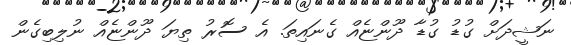
ނަޝީދަށް ގުޑު ގުޑާ ދޫންޏެއް ގެނައިތަ. އެ ސޮރު ތިޔަ ދޫންޏެއް ނުލިބިގެން